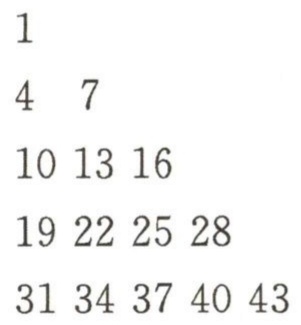
\begin{align*}
&1\\
&4\quad7\\
&10\quad13\quad16\\
&19\quad22\quad25\quad28\\
&31\quad34\quad37\quad40\quad43
\end{align*}